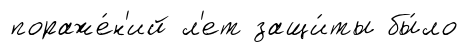
пораже́н'ий л'ет защи́ты бы́ло